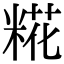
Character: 糀